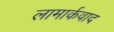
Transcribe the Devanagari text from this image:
लामार्कवाद